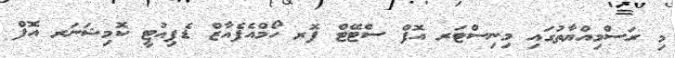
މި ރަސްމިއްޔާތުގައި މިނިސްޓަރ އޮފް ސްޓޭޓް ފޮރ ހޯމްއެފެއާޒް ޑެޕިއުޓީ ކޮމިޝަނަރ އޮފް